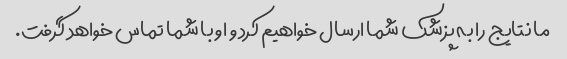
ما نتایج را به پزشک شما ارسال خواهیم کرد و او با شما تماس خواهد گرفت.